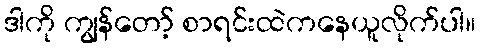
ဒါကို ကျွန်တော့် စာရင်းထဲကနေယူလိုက်ပါ။